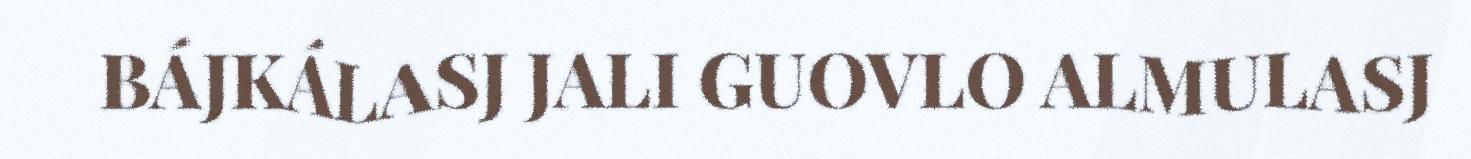
BÁJKÁLASJ JALI GUOVLO ALMULASJ